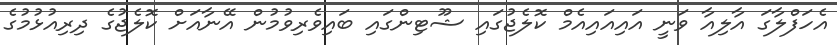
އެހަފްލާގަ އާލިއާ ވަނީ އައިއައިއެމް ކޮލެޖުގައި ޝޫޓިންގައި ބައިވެރިވުމުން އޭނާއަށް ކޮލެޖުގެ ދިރިއުޅުމުގެ